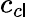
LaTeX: c_{c\mathsf{l}}